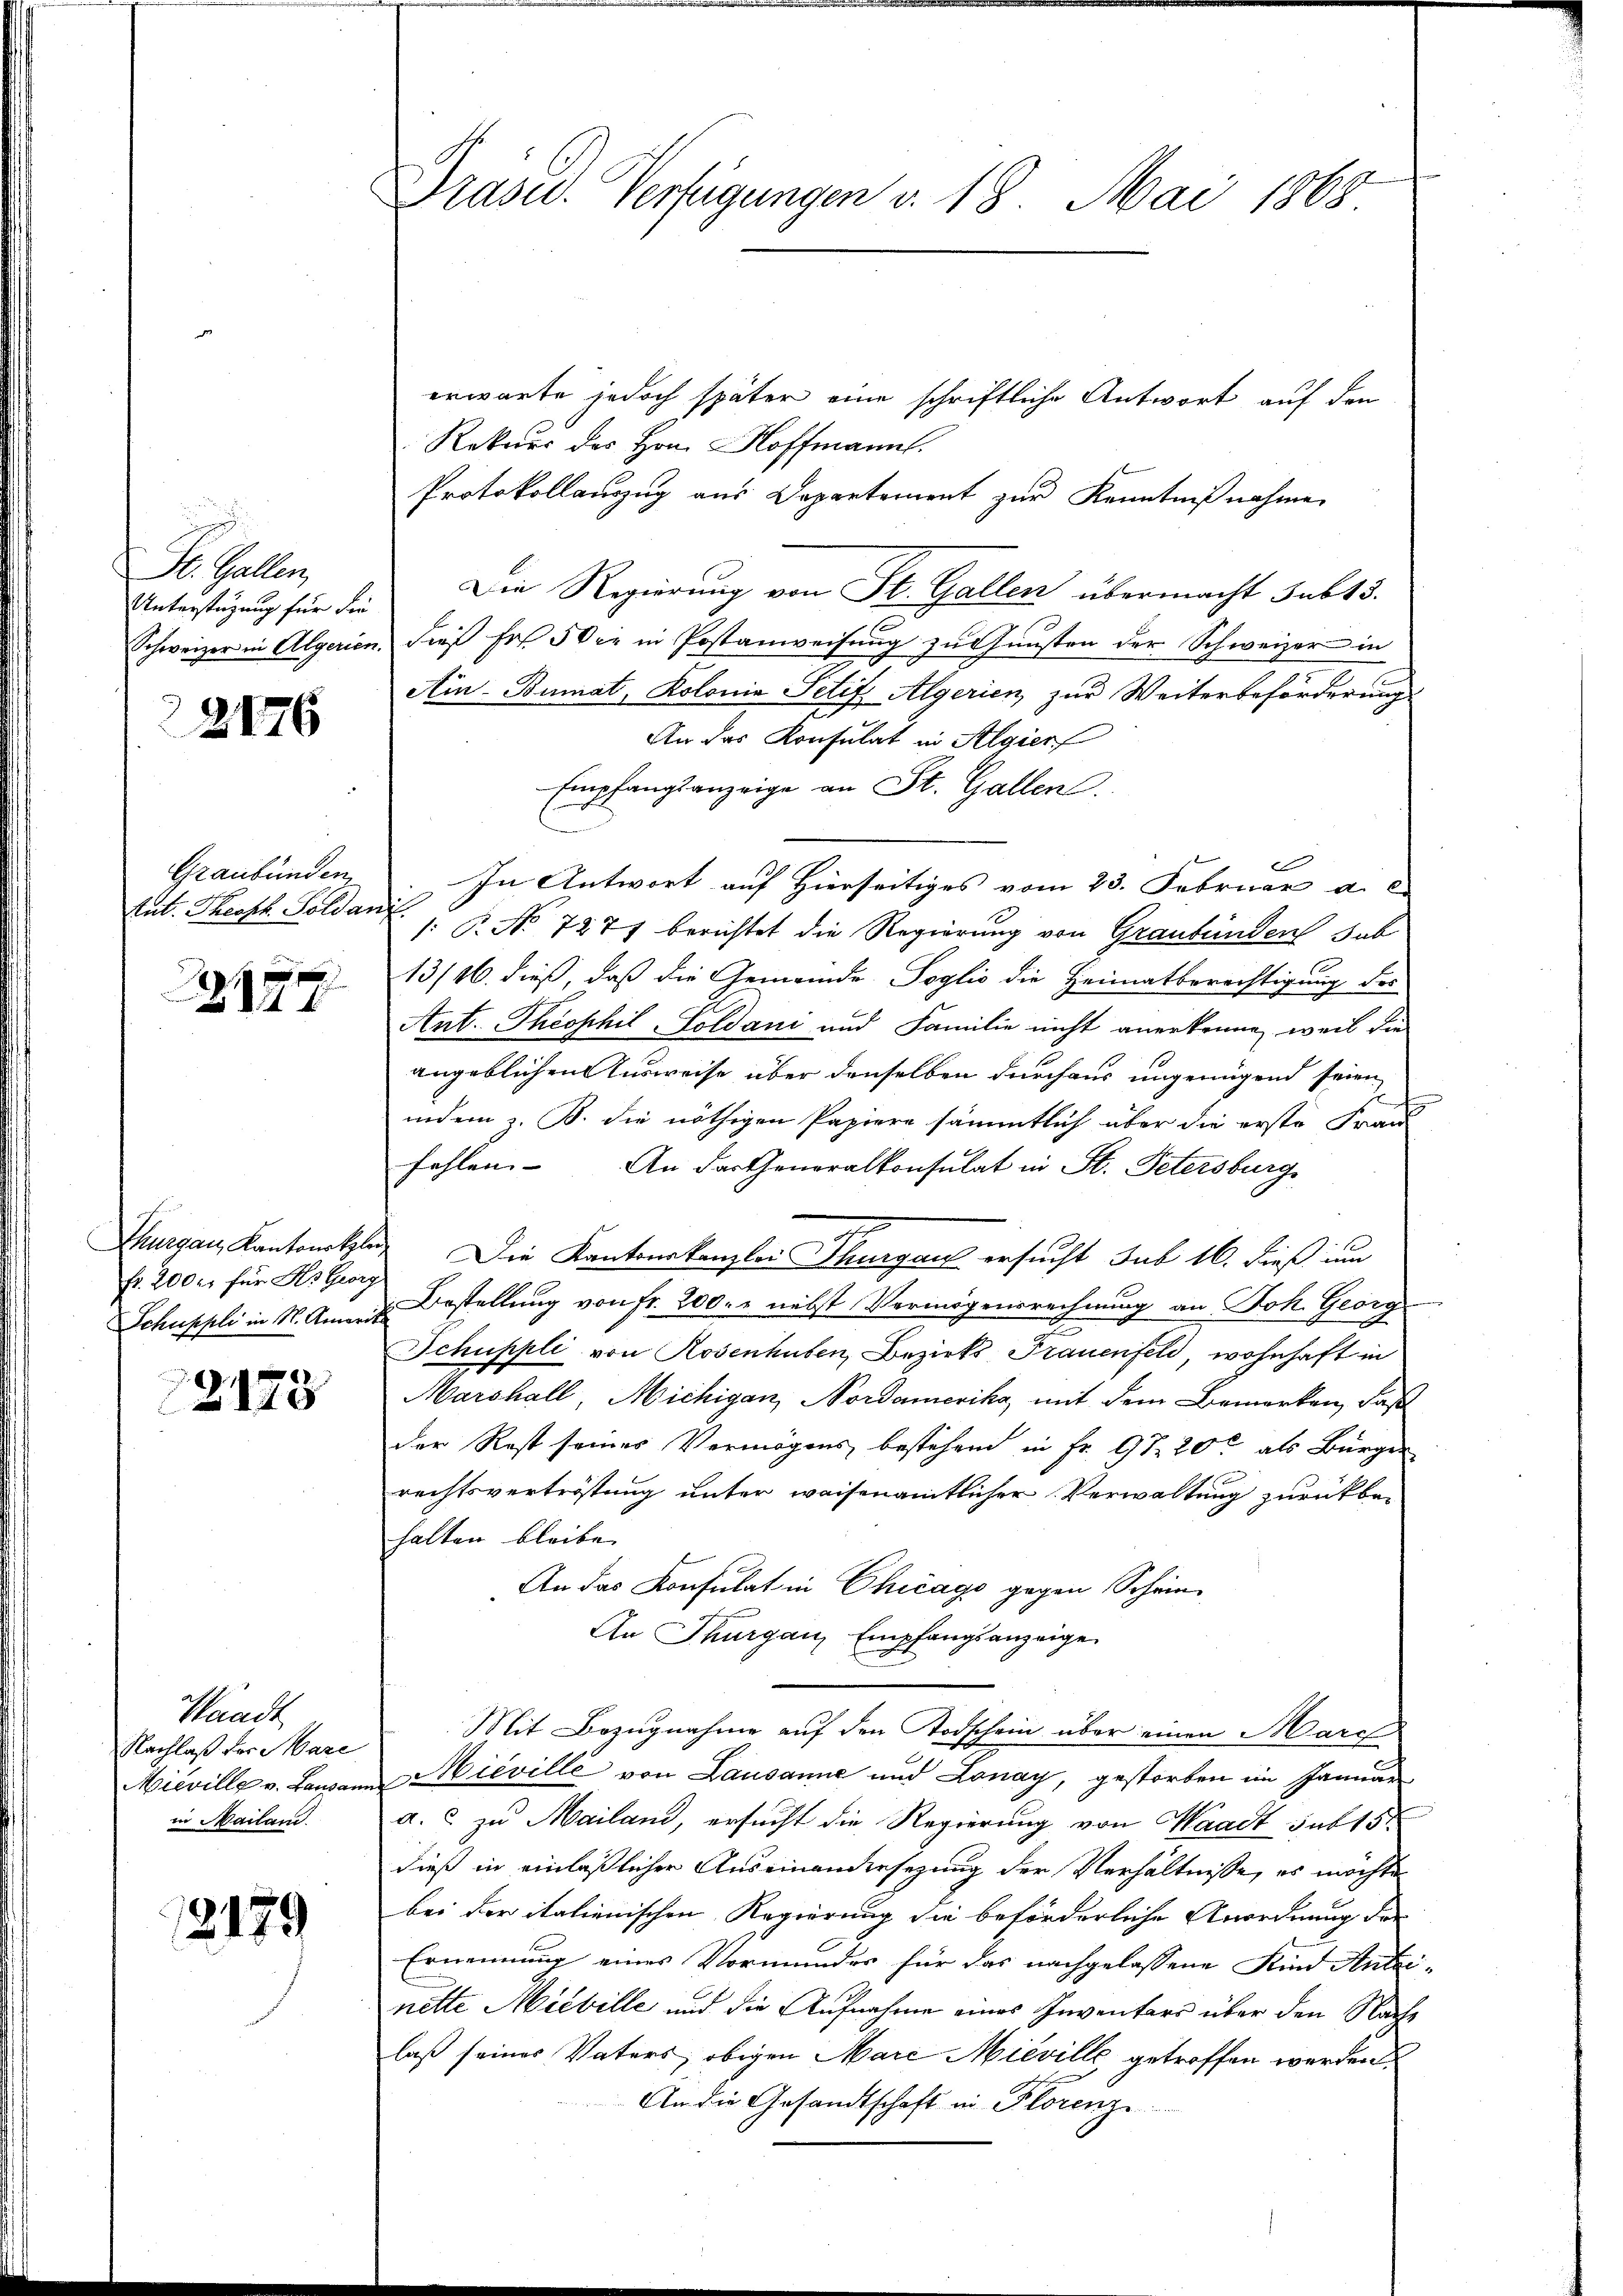
St. Gallen,
Unterstützung für die
Schweizer in Algerien.

2176

Graubünden
tut. Theoph Soldanl

s
4

Thurgau, Kantonskle
fr. 200 er für Hs. Georg
Schuppli in N. Ameris

u
2173

Waadt
Nachlaß der Mare
Mieville v. Lausan
in Mailand.

12179

Präsid. Verfügungen v. 18. Mai 1868

erwarte jedoch später eine schriftliche Antwort auf den
Rekurs des Hrn. Hoffmann.
Protokollanzug aus Departement zur Kenntnißnahme.
Die Regierung von St. Gallen übermacht sub 15.
dieß fr. 5 die in Postanweisung zu Gunsten der Schweizer in
Ain-Bumat, Kolonia Petif Algerien, zur Weiterbeförderung
An das Konsulat in Algier
Empfangsanzeige an St. Gallen
t
In Antwort auf Hierseitiges vom 23. Februar a.
: P. No 727 berichtet die Regierung von Graubünden sub
13/16. dieß daß die Gemeinde Poglio die Heimatberechtigung des
Ant. Theophil-Goldani und Familie nicht anerkenne, weil die
angeblichen Ausweise über denselben durchaus ungenügend seien
indem z. B. die nöthigen Papiere sämmtlich über die erste Fran
fehlen. An der Generalkonsulat in St. Petersburg
Die Kantonskanzlei Thurgau ersucht sub 16. dieß um
Bestellung von Fr. 200. nebst Vermögensrechnung an Joh. Georg
t
Schuppli von Rosenhuben, Bezirks Frauenfels wohnhaft in
Marchall, Michigan, Nordamerika, mit dem Bemerken, daß
der Rest seines Vermögens bestehen in Fr. 9 20t als Bürger
rechtsvertröstung unter weisenamtlicher Verwaltung zurückbehalten bleibe.
An das Konsulat in Chicago gegen Schein-
An Thurgau, Empfangsanzeige.
Mit Bezugnahme auf den Todschein über einen March
Mieville von Lausanne und Lonay, gestorben im Januar
a. c. zu Mailand, ersucht die Regierung von Waadt sub 15t
dieß in einläßlicher Auseinandersezung der Verhältnisse, es möchte
bei der italienischen Regierung die beförderliche Anordnung der
Ernennung eines Vormundes für das nachgelassene Kind Antei-
nette Mieville und die Aufnahme eines Inventars über den Nach
laß seines Vaters, obigen Mare Mieville getroffen werden,
An die Gesandtschaft in Florenz